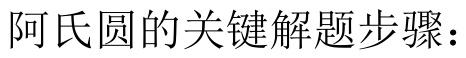
阿氏圆的关键解题步骤：